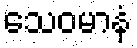
သေဝမာနံ